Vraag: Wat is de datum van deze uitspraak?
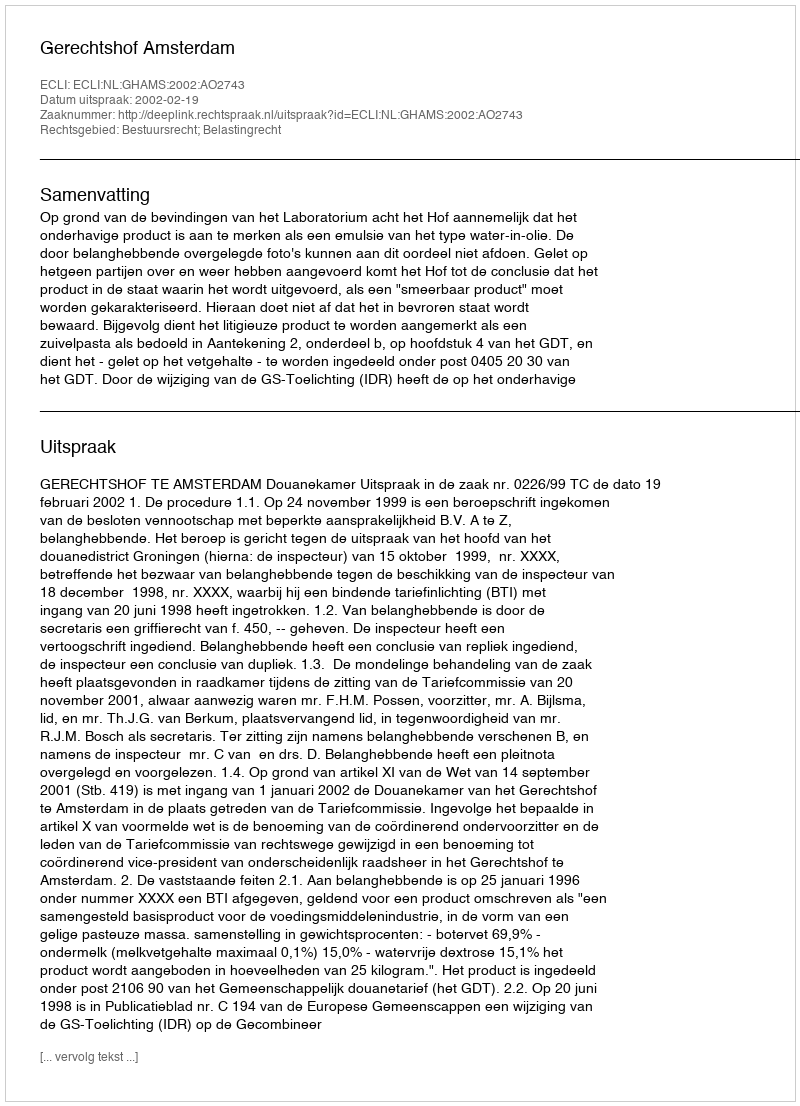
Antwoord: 2002-02-19